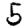
Digit: 5